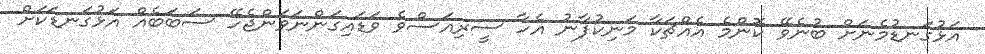
އަޅުގަނޑުމެނަށް ބުނެވޭ ކޮންމެ އެއްޗަކާ މަނިކުފާނު އެހާ ސީރިއަސްވެ ވަޑައިގަންނަވަންޖެހޭ ސަބަބެއް އަޅުގަނޑަކަށް